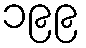
၁၉၉